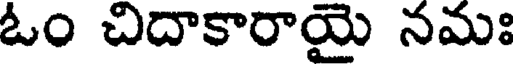
ఓం చిదాకారాయై నమః